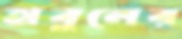
হাবুলের